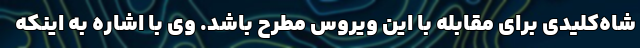
شاه‌کلیدی برای مقابله با این ویروس مطرح باشد. وی با اشاره به اینکه